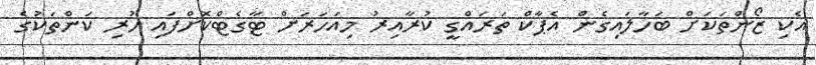
އެކި ޒޯންތަކަށް ބަހާލައިގެން އެޕާކް ތަރައްގީ ކުރާއިރު މިއަހަރަށް ޓާގެޓްކޮށްފައި ހުރި ކަންތަކުގެ